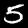
Digit: 5